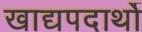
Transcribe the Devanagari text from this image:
खाद्यपदार्थो